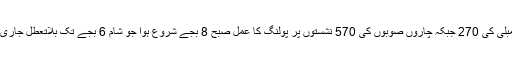
قومی اسمبلی کی 270 جبکہ چاروں صوبوں کی 570 نشستوں پر پولنگ کا عمل صبح 8 بجے شروع ہوا جو شام 6 بجے تک بلاتعطل جاری رہے گا۔